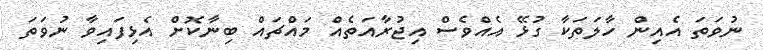
ނުވަތަ އެއިން ހާލަތަކާ ގުޅޭ އެއްވެސް އިޖުރާއަތެއް މައްޗައް ބިނާކޮށް އެޅިފައިވާ ނުވަތަ